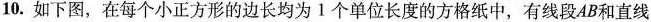
10.如下图，在每个小正方形的边长均为1个单位长度的方格纸中，有线段AB和直线